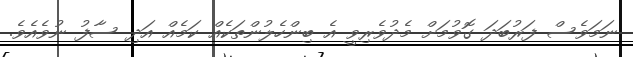
ނަމަވެސް ފަރުބަދަ ގޮވުމަށް މެދުވެރިވީ އެ ބިންހެލުންތަކެއް ކަމެއް އަދި ސާފު ނުވެއެވެ.